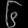
Digit: ၆